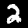
Label: 2